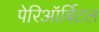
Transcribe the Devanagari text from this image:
पेरिऑर्बिटल